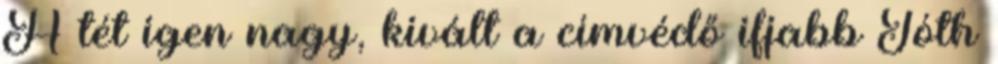
A tét igen nagy, kivált a címvédő ifjabb Tóth